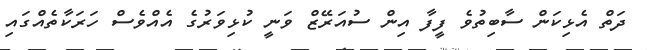
ދަތް އެޅިކަން ސާބިތުވެ ފީފާ އިން ސުއަރޭޒް ވަނީ ކުޅިވަރުގެ އެއްވެސް ހަރަކާތެއްގައި